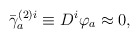
\begin{align*}\bar{\gamma}_{a}^{(2)i}\equiv D^{i}\varphi _{a}\approx 0, \end{align*}